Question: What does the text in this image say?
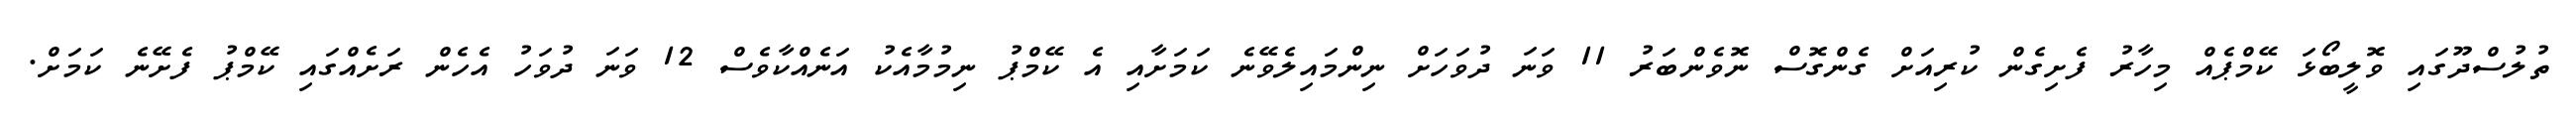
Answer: ތުލުސްދޫގައި ވޮލީބޯޅަ ކޭމްޕެއް މިހާރު ފެށިގެން ކުރިއަށް ގެންގޮސް ނޮވެންބަރު 11 ވަނަ ދުވަހަށް ނިންމައިލެވޭނެ ކަމަށާއި އެ ކޭމްޕު ނިމުމާއެކު އަނެއްކާވެސް 12 ވަނަ ދުވަހު އެހެން ރަށެއްގައި ކޭމްޕު ފެށޭނެ ކަމަށް.